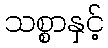
သစ္စာနှင့်